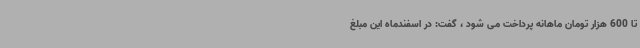
تا 600 هزار تومان ماهانه پرداخت می شود ، گفت: در اسفندماه این مبلغ